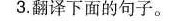
3.翻译下面的句子。